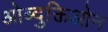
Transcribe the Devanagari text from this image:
ओब्दुक्तिओन